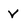
Character: V